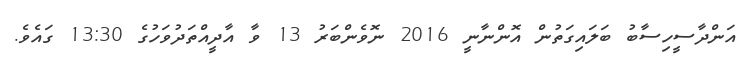
އަންދާސީހިސާބު ބަލައިގަތުން އޮންނާނީ 2016 ނޮވެންބަރު 13 ވާ އާދީއްތަދުވަހުގެ 13:30 ގައެވެ.